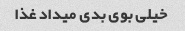
خیلی بوی بدی میداد غذا